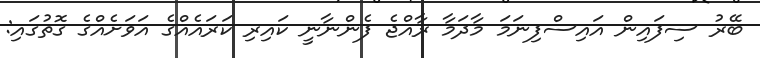
ބޭރު ސިފައިން އައިސްފިނަމަ މާދަމާ ރާއްޖެ ފެންނާނީ ކައިރި ކަރައެއްގެ އަވަށެއްގެ ގޮތުގައި: